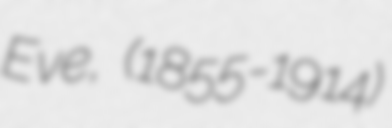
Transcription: Eve,  (1855-1914)